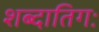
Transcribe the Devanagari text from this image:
शब्दातिगः